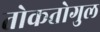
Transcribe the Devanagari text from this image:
तोकतोगुल